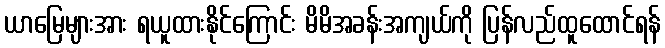
ယာမြေများအား ရယူထားနိုင်ကြောင်း မိမိအခန်းအကျယ်ကို ပြန်လည်ထူထောင်ရန်